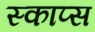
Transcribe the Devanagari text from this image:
स्काप्स